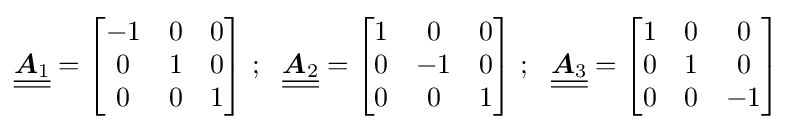
{\underline {\underline {{\boldsymbol {A}}_{1}}}}={\begin{bmatrix}-1&0&0\\0&1&0\\0&0&1\end{bmatrix}}~;~~{\underline {\underline {{\boldsymbol {A}}_{2}}}}={\begin{bmatrix}1&0&0\\0&-1&0\\0&0&1\end{bmatrix}}~;~~{\underline {\underline {{\boldsymbol {A}}_{3}}}}={\begin{bmatrix}1&0&0\\0&1&0\\0&0&-1\end{bmatrix}}